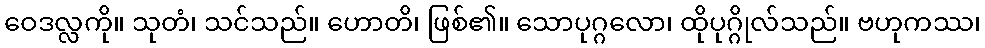
ဝေဒလ္လကို။ သုတံ၊ သင်သည်။ ဟောတိ၊ ဖြစ်၏။ သောပုဂ္ဂလော၊ ထိုပုဂ္ဂိုလ်သည်။ ဗဟုကဿ၊